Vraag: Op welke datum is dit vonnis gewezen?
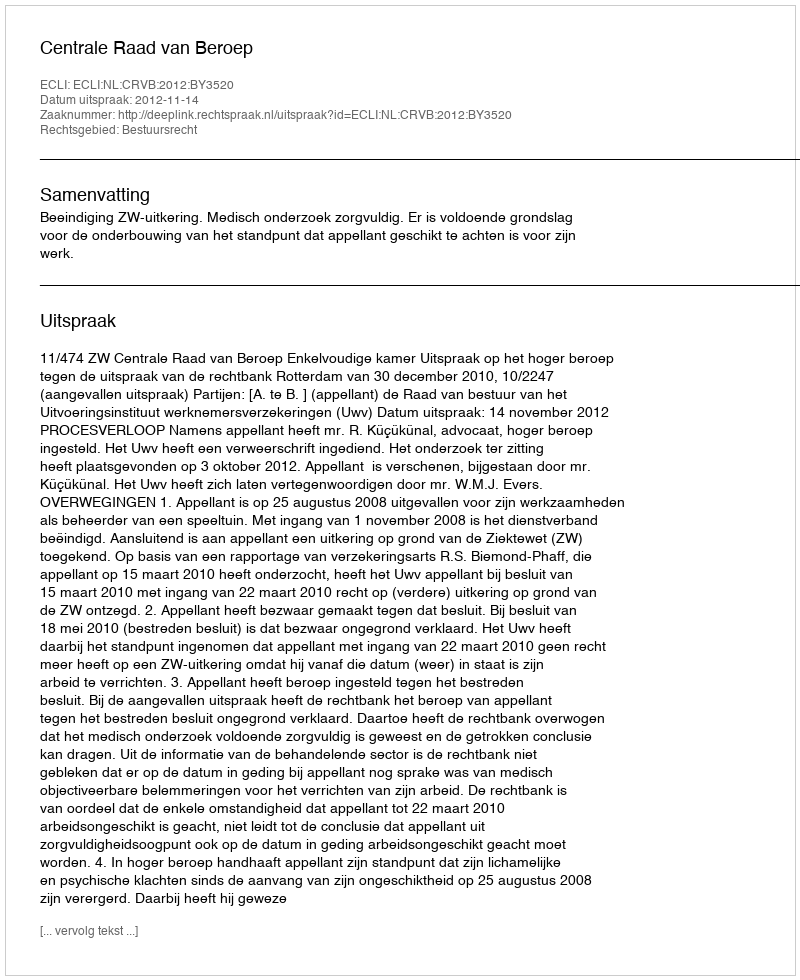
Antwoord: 2012-11-14